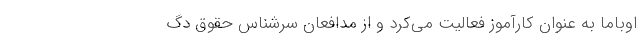
اوباما به عنوان کارآموز فعالیت می‌کرد و از مدافعان سرشناس حقوق دگ